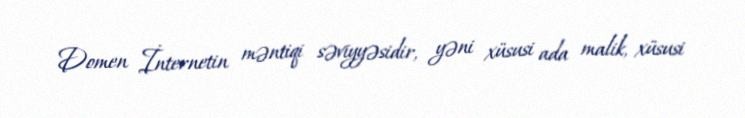
Domen İnternetin məntiqi səviyyəsidir, yəni xüsusi ada malik, xüsusi